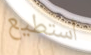
أستطيع